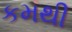
કમથી